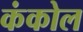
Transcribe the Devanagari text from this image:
कंकोल